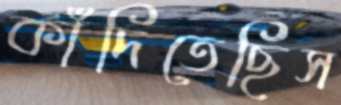
কাঁদিতেছিস